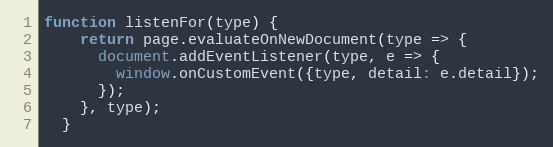
Language: JavaScript
function listenFor(type) {
    return page.evaluateOnNewDocument(type => {
      document.addEventListener(type, e => {
        window.onCustomEvent({type, detail: e.detail});
      });
    }, type);
  }